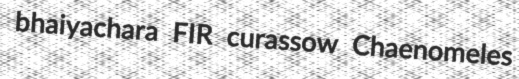
bhaiyachara FIR curassow Chaenomeles